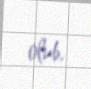
olub.